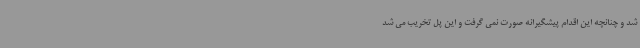
شد و چنانچه این اقدام پیشگیرانه صورت نمی گرفت و این پل تخریب می شد